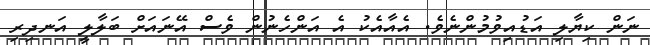
ނަން ކިޔާލި އަޑުއިވުމުންނެވެ. އެއާއެކު އެ އަންހެނުން ވެސް އޭނައަށް ބަލާލީ އަނދިރި